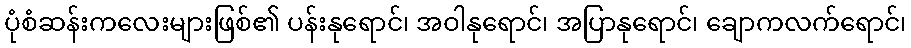
ပုံစံဆန်းကလေးများဖြစ်၏ ပန်းနုရောင်၊ အဝါနုရောင်၊ အပြာနုရောင်၊ ချောကလက်ရောင်၊